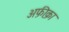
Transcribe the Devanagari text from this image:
अफ़ी़क़ा